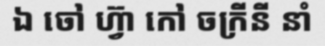
ឯ ចៅ ហ្វ៊ា កៅ ចក្រីនី នាំ